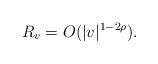
LaTeX: \begin{align*}R_v=O(|v|^{1-2\rho}).\end{align*}